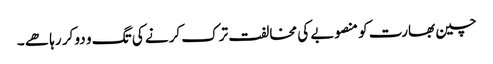
چین بھارت کو منصوبے کی مخالفت ترک کرنے کی تگ و دو کر رہا ھے ۔